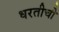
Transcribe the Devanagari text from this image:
धरतीची